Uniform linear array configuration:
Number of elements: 24
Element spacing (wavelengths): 0.75
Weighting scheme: hann
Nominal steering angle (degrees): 45
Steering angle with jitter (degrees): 43.855
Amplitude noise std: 0.05
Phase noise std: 0.05

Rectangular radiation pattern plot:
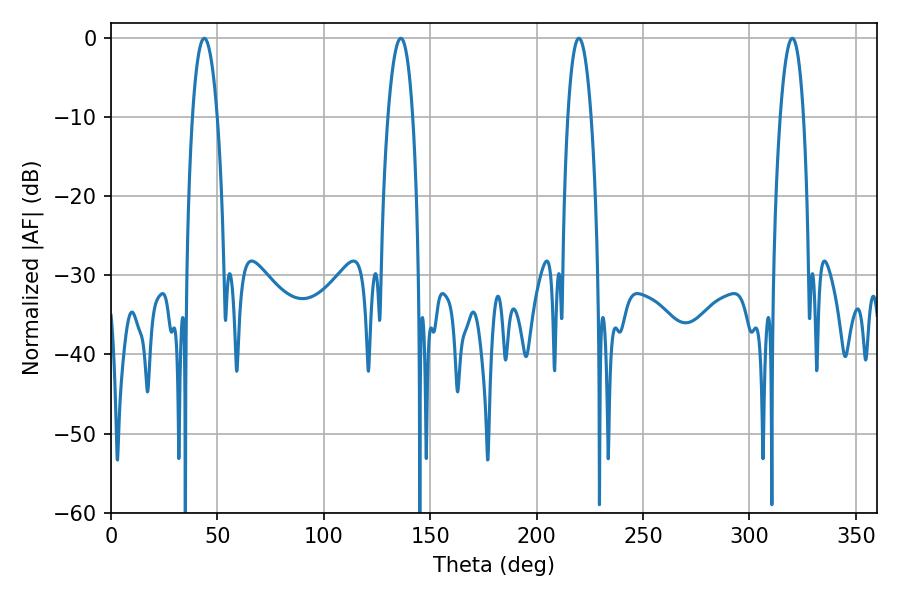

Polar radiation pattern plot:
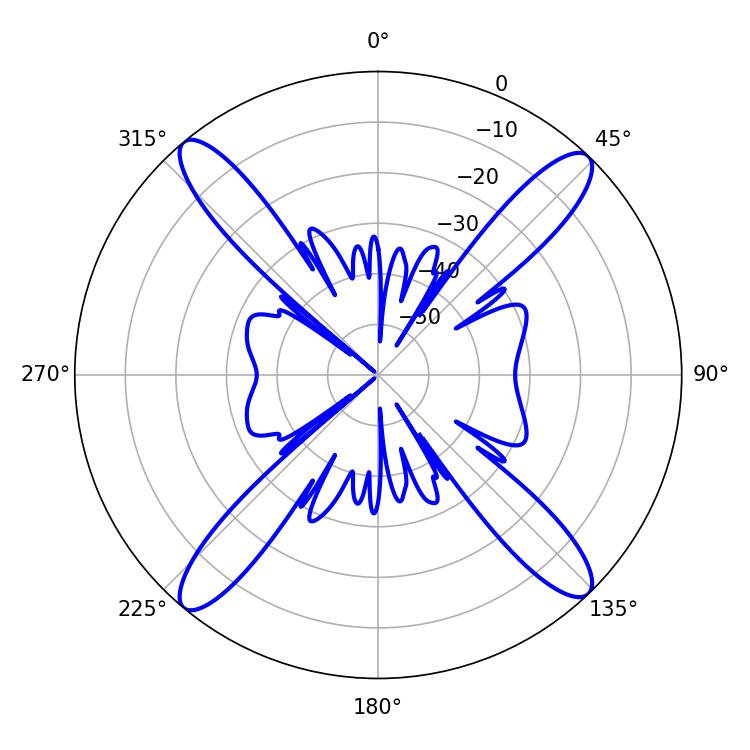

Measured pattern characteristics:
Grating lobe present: TRUE
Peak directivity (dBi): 19.519
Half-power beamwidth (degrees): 6.48
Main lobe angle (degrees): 43.74